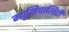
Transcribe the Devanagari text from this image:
म्यूसिपालिटी